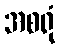
အစရုံ